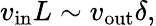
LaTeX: v_{\mathrm{in}}L\sim v_{\mathrm{out}}\delta,